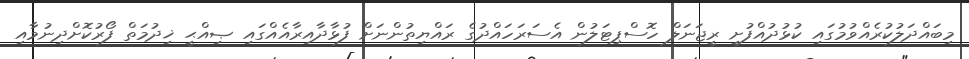
މިބައްދަލުކުރެއްވުމުގައި ކުޅުދުއްފުށީ ރީޖަނަލް ހޮސްޕިޓަލުން އެސަރަހައްދުގެ ރައްޔިތުންނަށް ފުޅާދާއިރާއެއްގައި ޞިއްޙީ ޚިދުމަތް ފޯރުކޮށްދިނުމާއި